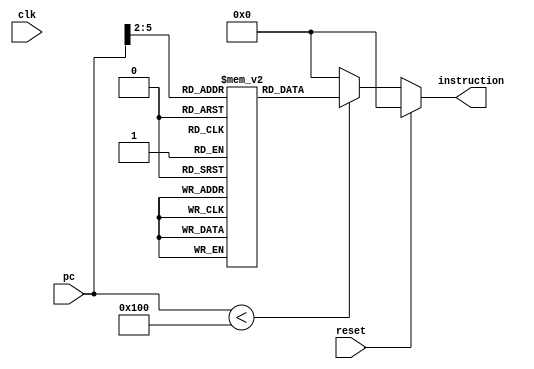
module inst_mem(  
    input clk, reset, 
    input [31:0] pc,  
    output reg [31:0] instruction  
    );  
    wire [3:0] rom_addr = pc[9:2];  
    reg [31:0] rom[255:0];  // 256 words of 32 bits each
    initial begin  
//---------------------------------------------Different Type Instruction-----------------------------------------------------------------        
//        rom[0] = 32'b001000_00000_00001_0000000000000100; // addi $s1, $s0, 4
//        rom[1] = 32'b001000_00001_00010_0000000000000010; // addi $s2, $s1, 2
//        rom[2] = 32'b000000_00000_00001_00011_00000_100000; // add $s3, $s0, $s1
//        rom[3] = 32'b000000_00010_00001_00011_00000_100100; // and $s3, $s2, $s1
//        rom[4] = 32'b101011_00010_00011_0000000000001000; // sw $s3, $s2, 8
//        rom[5] = 32'b100011_00010_00100_0000000000010000; // lw $s4, $s2, 16
//        rom[6] = 32'b100011_10011_00101_0000000000010000; // lw $s5, $s2, 16
//        rom[7] = 32'b00010010001100100000000000010000; // beq $s1, $s2, 4
//        rom[8] = 32'b00100010000101010000000000000100; // addi $s1, $s0, 4
//        rom[9] = 32'b00001000000000000000000000000101; // j 5
//        rom[10] = 32'b00000000000000000000000000000000; // nop
//        rom[11] = 32'b00000000000000000000000000000000; // nop
//        rom[12] = 32'b00000000000000000000000000000000; // nop
//---------------------------------------------One Clock Cycle Hazard -----------------------------------------------------------------       
//        rom[0] = 32'b001000_00000_00001_0000000000000001; // addi $1, $0, 1
//        rom[1] = 32'b001000_00001_00011_0000000000000011; // addi $3, $1, 3
//        rom[2] = 32'b001000_00000_00101_0000000000000101; // addi $5 $0, 5
//        // EX_MEM Rd  ID_EX Rs Hazard  --> $2
//        rom[3] = 32'b00000_00001_00011_00010_00000_100000; //add $2,   $1, $3
//        rom[4] = 32'b00000_00010_00101_01100_00000_100100; //and $12, $2, $5
//        rom[5] = 32'b00000000000000000000000000000000; // nop
//        rom[6] = 32'b00000000000000000000000000000000; // nop
//        rom[7] = 32'b00000000000000000000000000000000; // nop        
        // EX_MEM Rd  ID_EX Rt Hazard  --> $2
//        rom[0] = 32'b00000_00001_00011_00010_00000_100000; //add $2,   $1, $3
//        rom[1] = 32'b00000_00101_00010_01100_00000_100100; //and $12, $5, $2
//---------------------------------------------Two Clock Cycle Hazard -----------------------------------------------------------------           
////        // MEM_WB Rd  ID_EX Rs Hazard  --> $2 <---Two Clock Cycle
//        rom[0] = 32'b00000_00001_00011_00010_00000_100000; //add $2,   $1, $3
//        rom[1] = 32'b00000_00101_00100_01100_00000_100100; //and $12, $5, $4
//        rom[2] = 32'b00000_00010_00110_01101_00000_100101; //or   $13, $2, $6
        
        // MEM_WB Rd   ID_EX Rs Hazard  --> $2 <---Two Clock Cycle
//        rom[0] = 32'b00000_00001_00011_00010_00000_100000; //add $2,   $1, $3
//        rom[1] = 32'b00000_00101_00010_00010_00000_100100; //and $2, $5, $2
//        rom[2] = 32'b00000_00110_00010_01101_00000_100101; //or   $13, $6 $2
//---------------------------------------------Test B-Type -----------------------------------------------------------------               
        rom[0] = 32'b000100_00000_00000_0000000000000010; // beq $s0, $0, 2
        rom[1] = 32'b00000_00101_00001_00011_00000_100100; //and $3, $5, $1
        rom[2] = 32'b00000_00110_00011_01101_00000_100101; //or   $13, $6 $3
        rom[3] = 32'b00000_00111_00011_01101_00000_100010; //sub   $13, $7 $3
        rom[4] = 32'b00000_01000_00011_01101_00000_100000; //add   $13, $8 $3
//---------------------------------------------Test Load Use Hazard-----------------------------------------------------------------           
//        rom[0] = 32'b100011_00001_00010_0000000000000000; // lw $2 , 0($1)  
//        rom[1] = 32'b000000_00010_00001_01100_00000_100100; // and $12, $2, $1
//        rom[2] = 32'b000000_00010_00001_01100_00000_100101; // or $12 $2 $1
//        rom[3] = 32'b00000000000000000000000000000000; // nop
//        rom[4] = 32'b00000000000000000000000000000000; // nop
    end  

    always@(*) begin
        if(reset)
            instruction =  32'd0;
        else
            instruction = (pc[31:0] < 32*8 )? rom[rom_addr]: 32'd0; 
    end
        
 endmodule